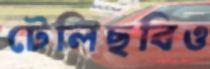
টেলিছবিও